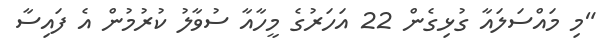
"މި މައްސަލައާ ގުޅިގެން 22 އަހަރުގެ މީހާއާ ސުވާލު ކުރުމުން އެ ފައިސާ